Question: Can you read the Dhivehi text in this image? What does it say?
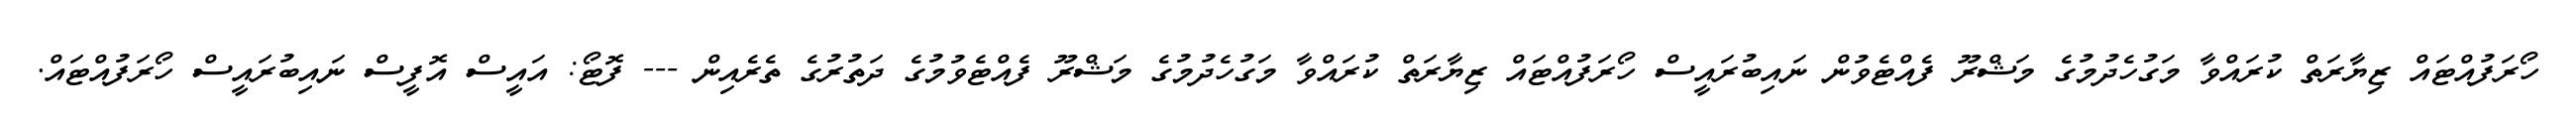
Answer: ހޯރަފުއްޓައް ޒިޔާރަތް ކުރައްވާ މަގުހެދުމުގެ މަޝްރޫ ފެއްޓެވުން ނައިބުރައީސް ހޯރަފުއްޓައް ޒިޔާރަތް ކުރައްވާ މަގުހެދުމުގެ މަޝްރޫ ފެއްޓެވުމުގެ ދަތުރުގެ ތެރެއިން --- ފޮޓޯ: އައީސް އޮފީސް ނައިބުރައީސް ހޯރަފުއްޓައް.